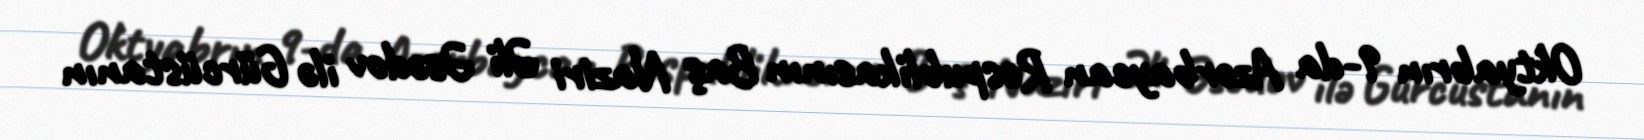
Oktyabrın 9-da Azərbaycan Respublikasının Baş Naziri Əli Əsədov ilə Gürcüstanın